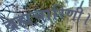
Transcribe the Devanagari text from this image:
ब्रह्मचारिणी।